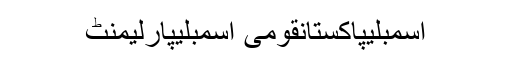
اسمبلیپاکستانقومی اسمبلیپارلیمنٹ